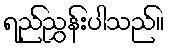
ရည်ညွှန်းပါသည်။